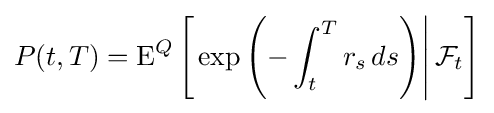
P(t,T)=\operatorname {E} ^{Q}\left[\left.\exp {\left(-\int _{t}^{T}r_{s}\,ds\right)}\right|{\mathcal {F}}_{t}\right]